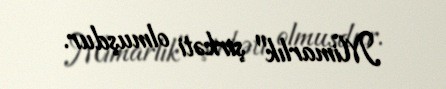
Mimarlık" şirkəti olmuşdur.